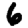
Digit: 6